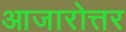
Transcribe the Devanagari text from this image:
आजारोत्तर